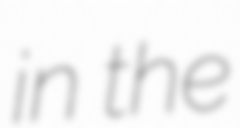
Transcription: in the